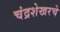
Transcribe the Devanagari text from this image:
चंद्रशेखरचे